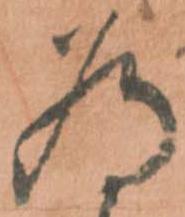
為